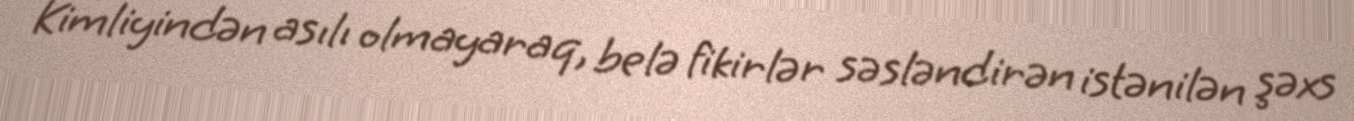
Kimliyindən asılı olmayaraq, belə fikirlər səsləndirən istənilən şəxs